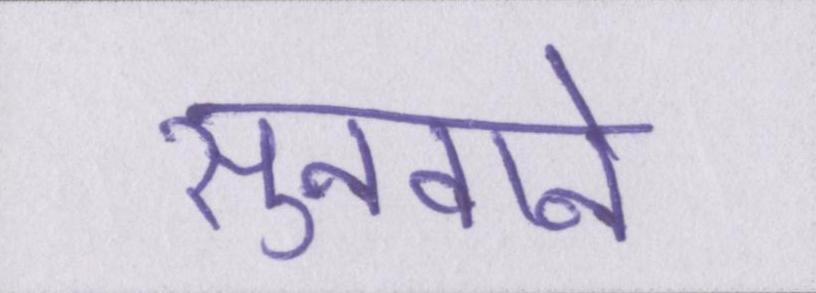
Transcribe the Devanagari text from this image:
सुनवाने